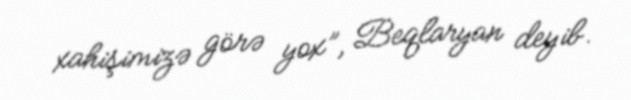
xahişimizə görə yox”, Beqlaryan deyib.